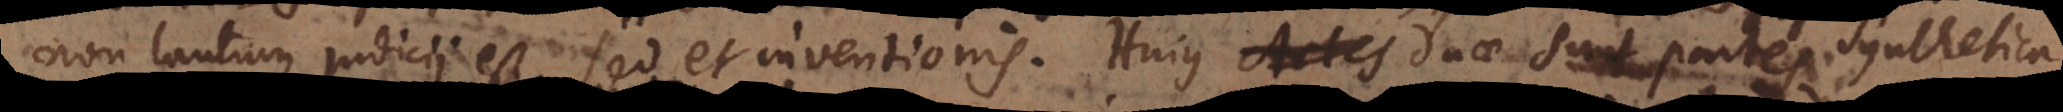
non tantum judicii est, sed et inventionis. Hujus Artes duae sunt partes, Synthetic